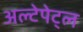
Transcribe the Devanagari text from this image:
अल्टेपेट्ल